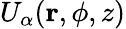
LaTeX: U_{\alpha}(\mathbf{r},\phi,z)